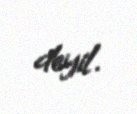
deyil.